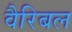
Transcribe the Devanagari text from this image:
वैरिबल